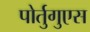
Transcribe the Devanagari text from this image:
पोर्तुगुएस